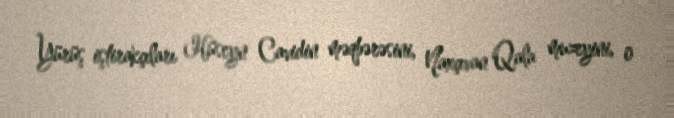
Yürüş iştirakçıları Hüseyn Cavidin məqbərəsini, Naxçıvan Qala muzeyini, o